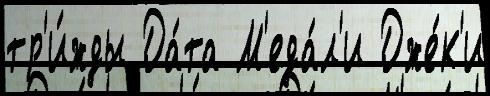
тр'и́жды Да́та М'еда́л'и Дже́к'и